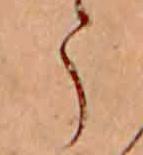
う